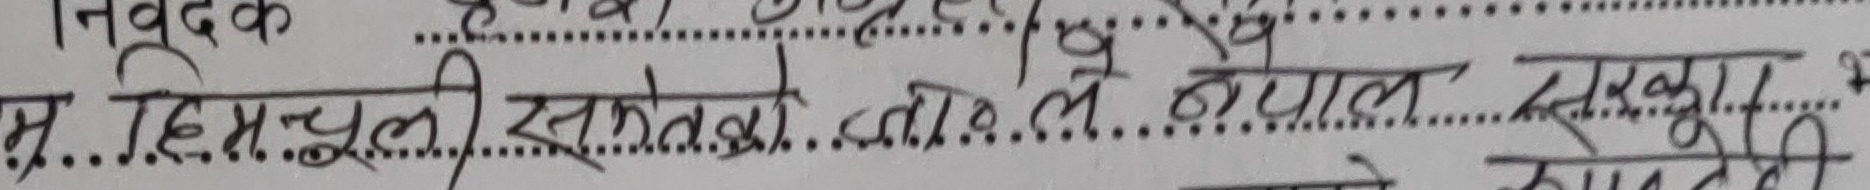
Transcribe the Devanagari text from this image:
म..हि.म. थूली सकेकोले नेपाल सरकारको